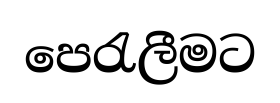
පෙරැලීමට